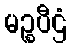
မဉ္စပီဌံ